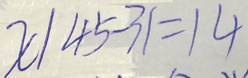
x / 4 5 - 3 1 = 1 4